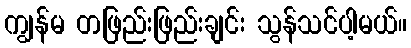
ကျွန်မ တဖြည်းဖြည်းချင်း သွန်သင်ပါ့မယ်။